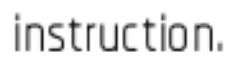
instruction.